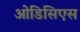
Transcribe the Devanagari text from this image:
ओडिसिएस